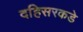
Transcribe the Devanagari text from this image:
दहिसरकडे